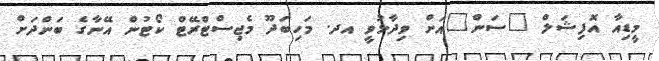
މީޑިއާ އޮފިޝަލް "ސަން"އަށް ވިދާޅުވީ އދ. މަހިބަދޫ މެޖިސްޓްރޭޓް ކޯޓުން އޭނާގެ ބަންދަށް